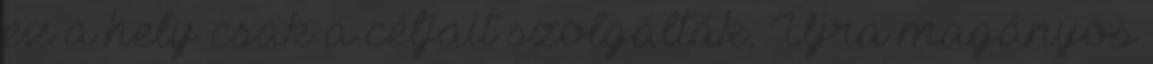
ez a hely csak a céljait szolgálták. Újra magányos